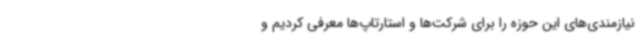
نیازمندی‌های این حوزه را برای شرکت‌ها و استارتاپ‌ها معرفی کردیم و